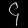
Digit: ၄